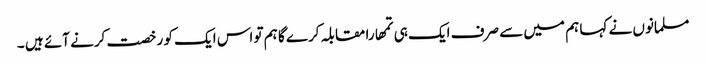
مسلمانوں نے کہا ہم میں سے صرف ایک ہی تمھارا مقابلہ کرے گا ہم تو اس ایک کو رخصت کرنے آئے ہیں ۔